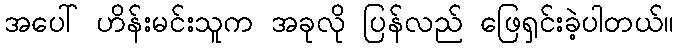
အပေါ် ဟိန်းမင်းသူက အခုလို ပြန်လည် ဖြေရှင်းခဲ့ပါတယ်။